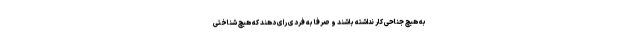
به هیچ جناحی کار نداشته باشند و صرفا به فردی رای دهند که هیچ شناختی